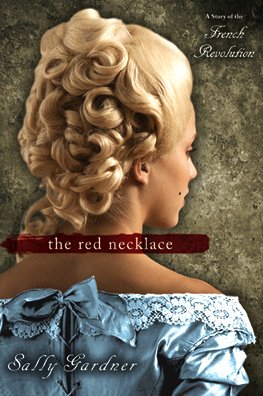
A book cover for The Red Necklace; Sally Gardner; Teen & Young Adult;